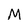
Character: M